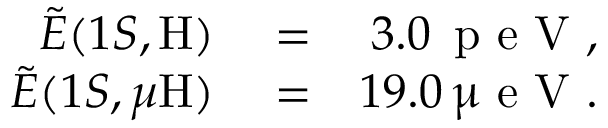
\begin{array} { r l r } { \tilde { E } ( 1 S , \mathrm { H } ) } & { { } = } & { 3 . 0 \, \mathrm { ~ p ~ e ~ V ~ } , } \\ { \tilde { E } ( 1 S , \mu \mathrm { H } ) } & { { } = } & { 1 9 . 0 \, \upmu \mathrm { ~ e ~ V ~ } . } \end{array}